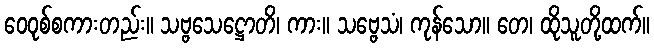
ဝေဝုစ်စကားတည်း။ သဗ္ဗသေဋ္ဌောတိ၊ ကား။ သဗ္ဗေသံ၊ ကုန်သော။ တေ၊ ထိုသူတို့ထက်။